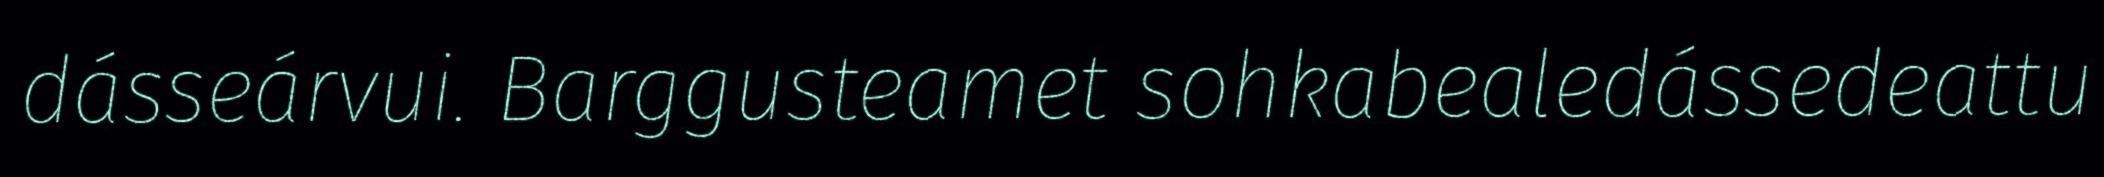
dásseárvui. Barggusteamet sohkabealedássedeattu